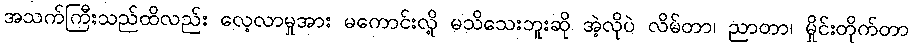
အသက်ကြီးသည်ထိလည်း လေ့လာမှုအား မကောင်းလို့ မသိသေးဘူးဆို အဲ့လိုပဲ လိမ်တာ၊ ညာတာ၊ မှိုင်းတိုက်တာ